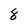
Character: 8